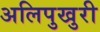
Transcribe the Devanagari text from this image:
अलिपुखुरी